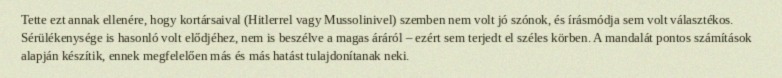
Tette ezt annak ellenére, hogy kortársaival (Hitlerrel vagy Mussolinivel) szemben nem volt jó szónok, és írásmódja sem volt választékos. Sérülékenysége is hasonló volt elődjéhez, nem is beszélve a magas áráról – ezért sem terjedt el széles körben. A mandalát pontos számítások alapján készítik, ennek megfelelően más és más hatást tulajdonítanak neki.